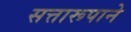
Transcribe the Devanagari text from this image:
सत्तारूपाने